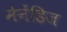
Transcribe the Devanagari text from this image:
मेनेंडिज